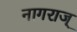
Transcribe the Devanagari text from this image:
नागराज्